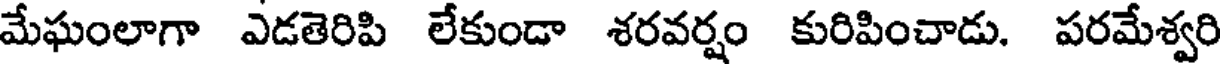
మేఘంలాగా ఎడతెరిపి లేకుండా శరవర్షం కురిపించాడు. పరమేశ్వరి